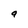
Character: a